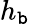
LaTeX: h_{\mathtt{b}}